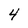
Character: 4